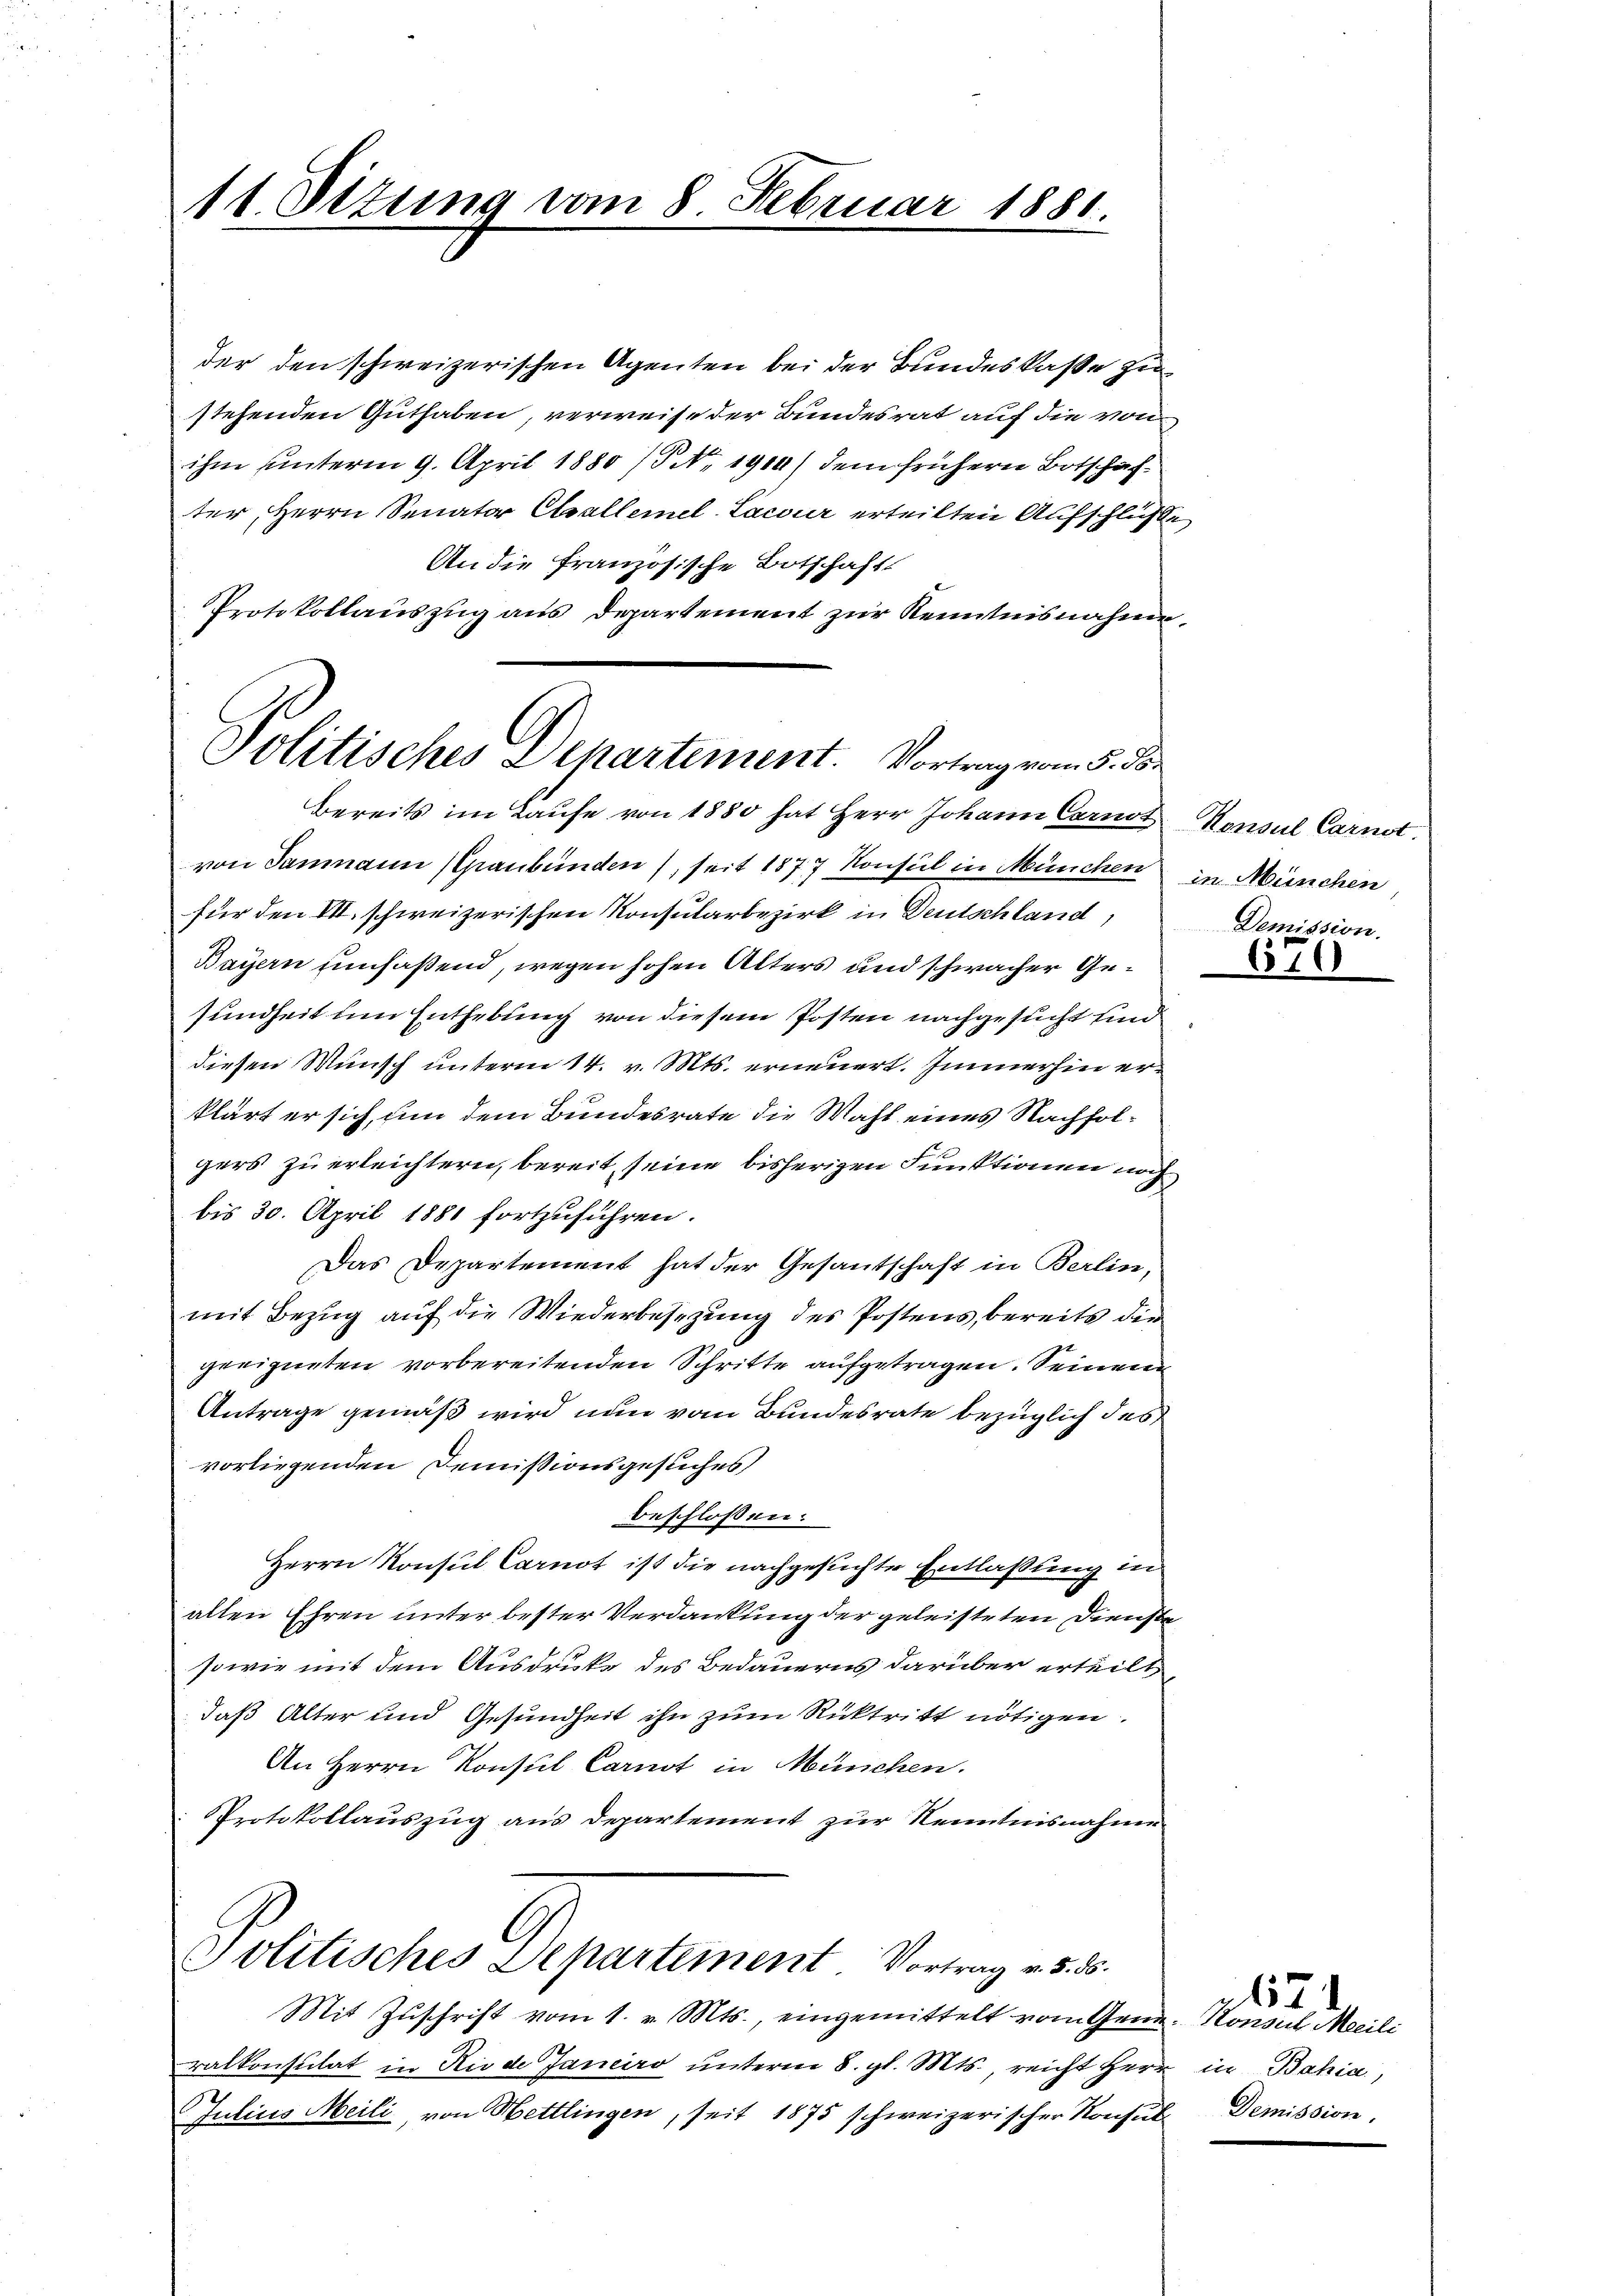
11. Sizung vom 8. Februar 1880.

der den schweizerischen Agenten bei der Bundeskasse zu
stehenden Guthaben, verweise der Bundesrat auf die von
ihm unterm 9. April 1880 /P No. 1914) dem frühern Botschafter, Herrn Senator Elsallemel-Lacour erteilten Aufschlüße
An die Französische Botschaft
Protokollauszug aus Departement zur Kenntnisnahme,

Politisches Departement. Vortrag vom 8. d.
Bereits im Laufe von 1880 hat Herr Johann Carnot Konsul Carnst.

von Saumann (Graubünden), seit 1877 Konsul in München in München
für den VII. schweizerischen Konsularbezirk in Deutschland,
Bayern umfaßend, wegen hohen Alters und schwacher Gesundheit um Enthebung von diesem Posten nachgesucht und
diesen Wunsch unterm 14. v. Mts. erneuert. Immerhin erklärt er sich, um dem Bundesrate die Wahl eines Nachfolgers zu erleichtern, bereit seine bisherigen Funktionen noch
bis 30. April 1881 fortzuführen.
Das Departement hat der Gesantschaft in Berlin,
mit Bezug auf die Wiederbesezung des Postens, bereits die
geeigneten vorbereitenden Schritte aufgetragen. Seinen
Antrage gemäß wird nun vom Bundesrate bezüglich des
vorliegenden Demissionsgesuches
beschlossen:
Herrn Konsul Carnot ist die nachgesuchte Entlaßung in
alten Ehren unter bester Verdankung der geleisteten Dienste
sowie mit dem Ausdrucke des Bedauerns darüber erteilt,
daß Alter und Gesundheit ihn zum Rücktritt nötigen.
An Herrn Konsul Carnot in München.
Protokollauszug aus Departement zur Kenntnisnahme

Politisches Departement. Vortrag v. 5. ds.
Mit Zŭschrift vom 1. v. Mts., eingemittelt vom Gene. Konsul Meili

ralkonsulat in Riede Janeiro unterm 8. gl. Mts., reicht Herr in Bahia,
Intius Meili, von Hettlingen, seit 1875 schweizerischer Konsul Demission.

Demission

670

671